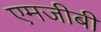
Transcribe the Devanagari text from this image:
एमजीबी